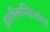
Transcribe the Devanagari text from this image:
इररीकन्सिएबल